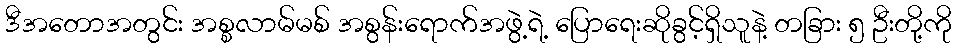
ဒီအတောအတွင်း အစ္စလာမ်မစ် အစွန်းရောက်အဖွဲ့ရဲ့ ပြောရေးဆိုခွင့်ရှိသူနဲ့ တခြား ၅ ဦးတို့ကို